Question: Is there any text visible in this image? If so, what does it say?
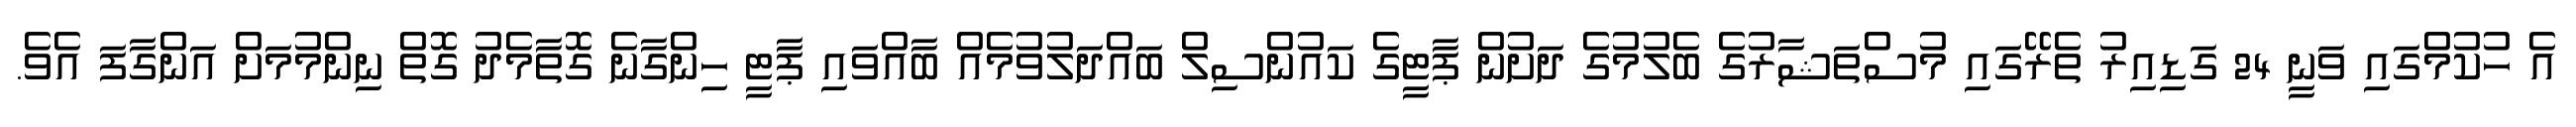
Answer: އެ ހުކުމްގައި ވަނީ 24 ގަޑިއިރު ތެރޭގައި މުސްތަޝާރުގެ ބެލުމުގެ ދަށުން ޕާޓީގެ ކައުންސިލް ބައްދަލުވުމެއް ބާއްވައި ޕާޓީ ހިންގާނެ ގޮތާމެދު ގޮތް ނިންމުމަށް އަންގާފަ އެވެ.